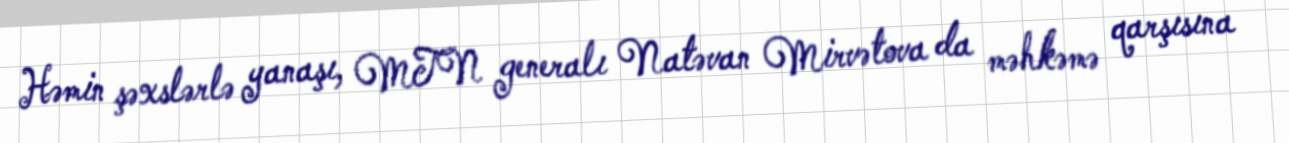
Həmin şəxslərlə yanaşı, MTN generalı Natəvan Mirvətova da məhkəmə qarşısına